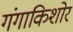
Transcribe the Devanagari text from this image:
गंगाकिशोर